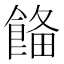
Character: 𩜗